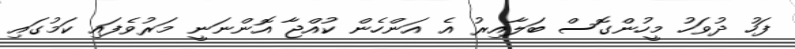
ފަހު ދުވަހު މީހުންގޮސް ބަލާއިރު އެ އަންހެން ކުއްޖާ އޮންނަނީ މަރުވެފައި ކަމުގައި